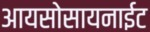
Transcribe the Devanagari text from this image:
आयसोसायनाईट